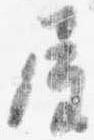
屋